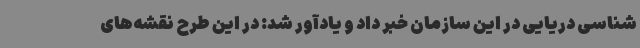
شناسی دریایی در این سازمان خبر داد و یادآور شد: در این طرح نقشه‌های